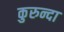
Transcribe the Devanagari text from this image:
कुरुन्दा